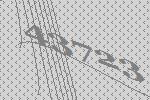
43723